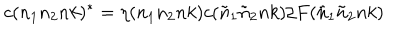
LaTeX: c ( n _ { 1 } n _ { 2 } n k ) ^ { * } = \eta ( n _ { 1 } n _ { 2 } n k ) c ( { \tilde { n } } _ { 1 } { \tilde { n } } _ { 2 } n k ) / F ( { \tilde { n } } _ { 1 } { \tilde { n } } _ { 2 } n k )